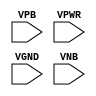
module sky130_fd_sc_lp__tapvgnd2 (
    //# {{power|Power}}
    input VPB ,
    input VPWR,
    input VGND,
    input VNB
);
endmodule